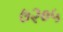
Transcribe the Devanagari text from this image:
७२०५